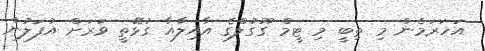
އަހަރަމެން މި ތިބީ މި ޓީމް ގޫގުލްގެ އާއިލާއާ ގުޅޭތީ ވަރަށް އުފަލުން